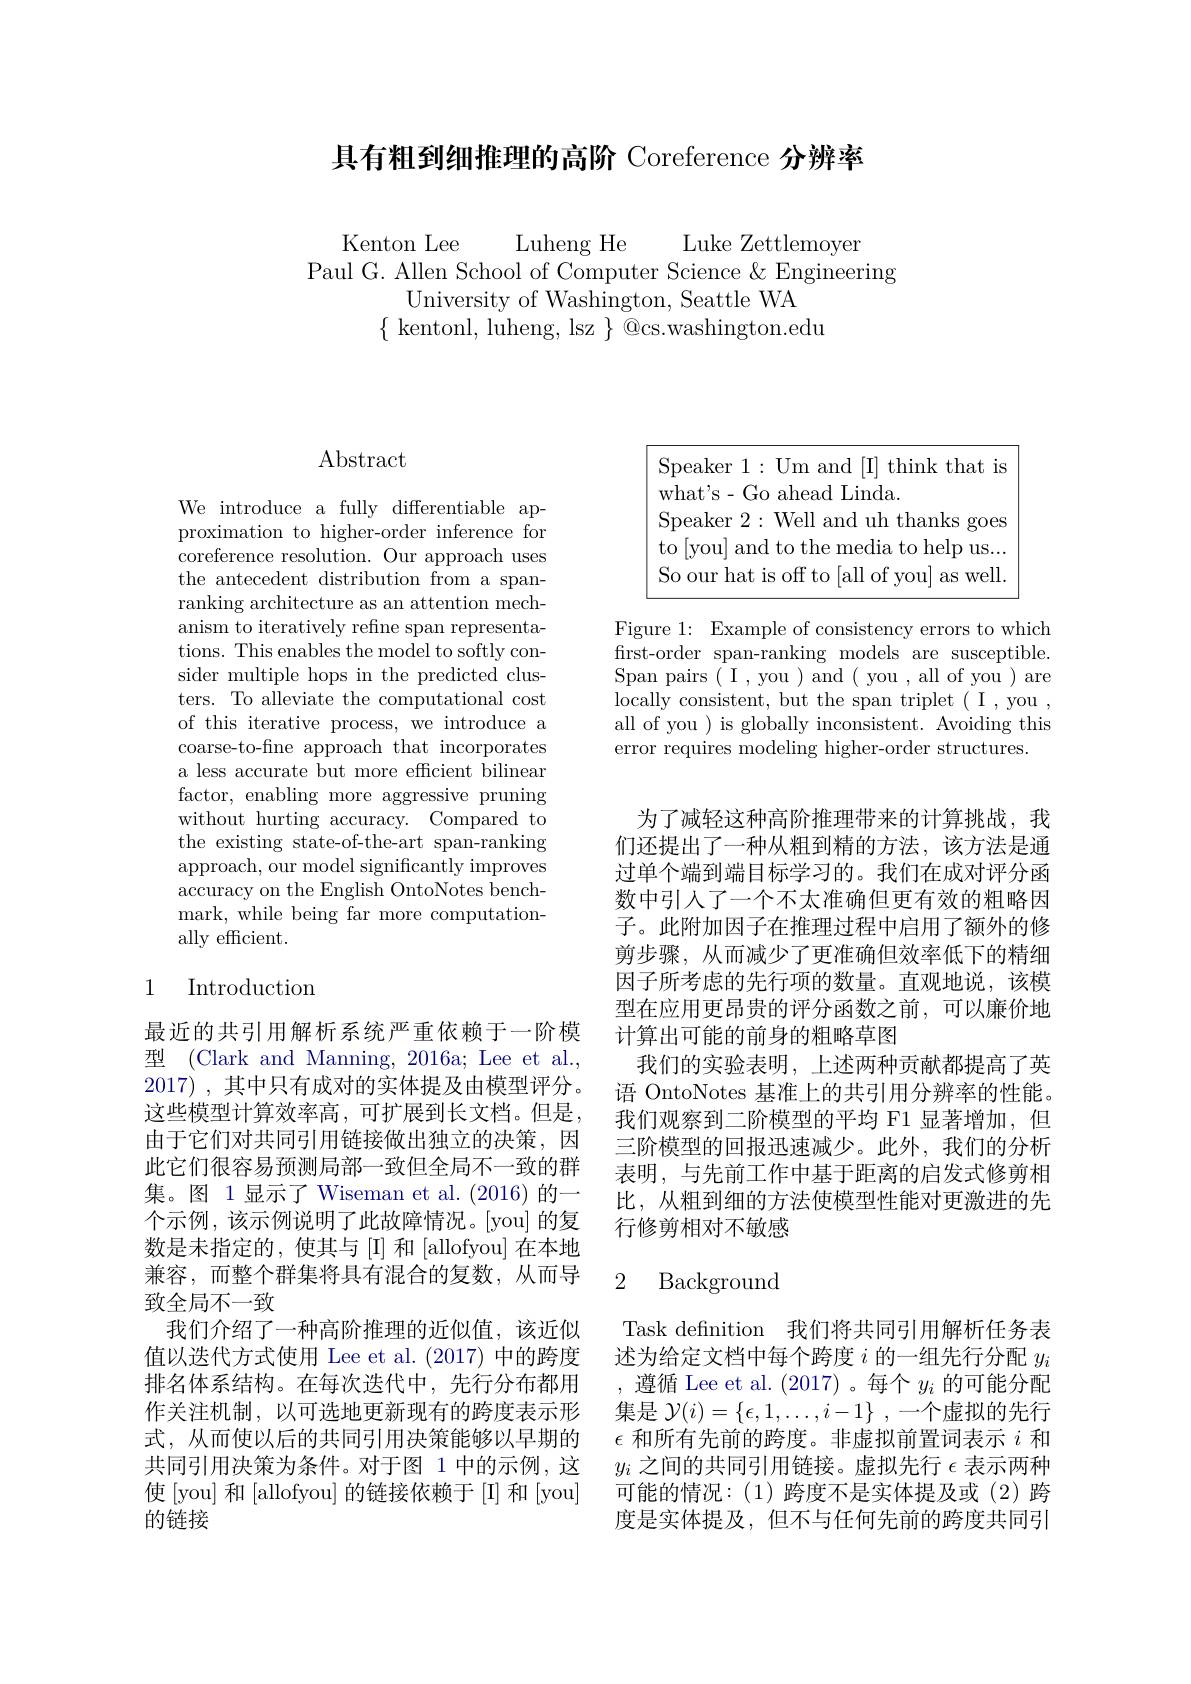
具有粗到细推理的高阶 Coreference 分辨率

Kenton Lee Luheng He Luke Zettlemoyer
Paul G. Allen School of Computer Science & Engineering
University of Washington, Seattle WA
$\{$kentonl, luheng, lsz $\}$@cs.washington.edu

## $\operatorname{Abstract}$

We introduce a fully differentiable approximation to higher-order inference for coreference resolution. Our approach uses the antecedent distribution from a spanranking architecture as an attention mechanism to iteratively refine span representations. This enables the model to softly consider multiple hops in the predicted clusters. To alleviate the computational cost of this iterative process, we introduce a coarse-to-fine approach that incorporates a less accurate but more efficient bilinear factor, enabling more aggressive pruning without hurting accuracy. Compared to the existing state-of-the-art span-ranking approach, our model significantly improves accuracy on the English OntoNotes benchmark, while being far more computationally efficient.

# 1 Introduction

最近的共引用解析系统严重依赖于一阶模型 (Clark and Manning, 2016a; Lee et al., 2017) ,其中只有成对的实体提及由模型评分。这些模型计算效率高，可扩展到长文档。但是， 由于它们对共同引用链接做出独立的决策，因此它们很容易预测局部一致但全局不一致的群集。图 1显示了 Wiseman et al.(2016)的一个示例，该示例说明了此故障情况。[you] 的复数是未指定的，使其与[I]和[allofyou]在本地兼容，而整个群集将具有混合的复数，从而导致全局不一致
我们介绍了一种高阶推理的近似值，该近似值以迭代方式使用 Lee et al. (2017)中的跨度排名体系结构。在每次迭代中，先行分布都用作关注机制，以可选地更新现有的跨度表示形式，从而使以后的共同引用决策能够以早期的共同引用决策为条件。对于图 1 中的示例，这使 [you] 和 [allofyou] 的链接依赖于 [I] 和 [you] 的链接

Speaker 1: Um and [I] think that is

what's- Go ahead Linda.

Speaker 2:Well and uh thanks goes

to [you] and to the media to help us...

So our hat is off to [all of you] as well.

Figure 1: Example of consistency errors to which frst-order span-ranking models are susceptible. Span pairs ( I , you ) and ( you , all of you ) are locally consistent, but the span triplet ( I , you , all of you ) is globally inconsistent. Avoiding this error requires modeling higher-order structures.

为了减轻这种高阶推理带来的计算挑战，我们还提出了一种从粗到精的方法，该方法是通过单个端到端目标学习的。我们在成对评分函数中引人了一个不太准确但更有效的粗略因子。此附加因子在推理过程中启用了额外的修剪步骤，从而减少了更准确但效率低下的精细因子所考虑的先行项的数量。直观地说，该模型在应用更昂贵的评分函数之前，可以廉价地计算出可能的前身的粗略草图
我们的实验表明，上述两种贡献都提高了英语 OntoNotes 基准上的共引用分辨率的性能。我们观察到二阶模型的平均 F1 显著增加，但三阶模型的回报迅速减少。此外，我们的分析表明，与先前工作中基于距离的启发式修剪相比，从粗到细的方法使模型性能对更激进的先行修剪相对不敏感

### 2 Background

Task definition 我们将共同引用解析任务表述为给定文档中每个跨度$i$的一组先行分配$y_i$ ,遵循 Lee et al. (2017)。每个$y_i$的可能分配集是 $\mathcal{Y} ( i) = \{ \epsilon , 1, \ldots , i- 1\}$ ,一个虚拟的先行$\epsilon$和所有先前的跨度。非虚拟前置词表示$i$和$y_i$之间的共同引用链接。虚拟先行$\epsilon$表示两种可能的情况：(1)跨度不是实体提及或(2)跨度是实体提及，但不与任何先前的跨度共同引